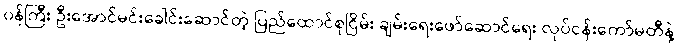
၀န်ကြီး ဦးအောင်မင်းခေါင်းဆောင်တဲ့ ပြည်ထောင်စုငြိမ်း ချမ်းရေးဖော်ဆောင်ရေး လုပ်ငန်းကော်မတီနဲ့